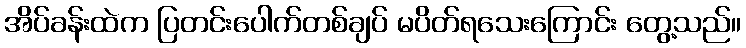
အိပ်ခန်းထဲက ပြတင်းပေါက်တစ်ချပ် မပိတ်ရသေးကြောင်း တွေ့သည်။